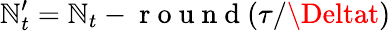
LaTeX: \mathbb{N}_{t}^{\prime}=\mathbb{N}_{t}-\mathrm{{~r~o~u~n~d~}}(\tau/\Deltat)